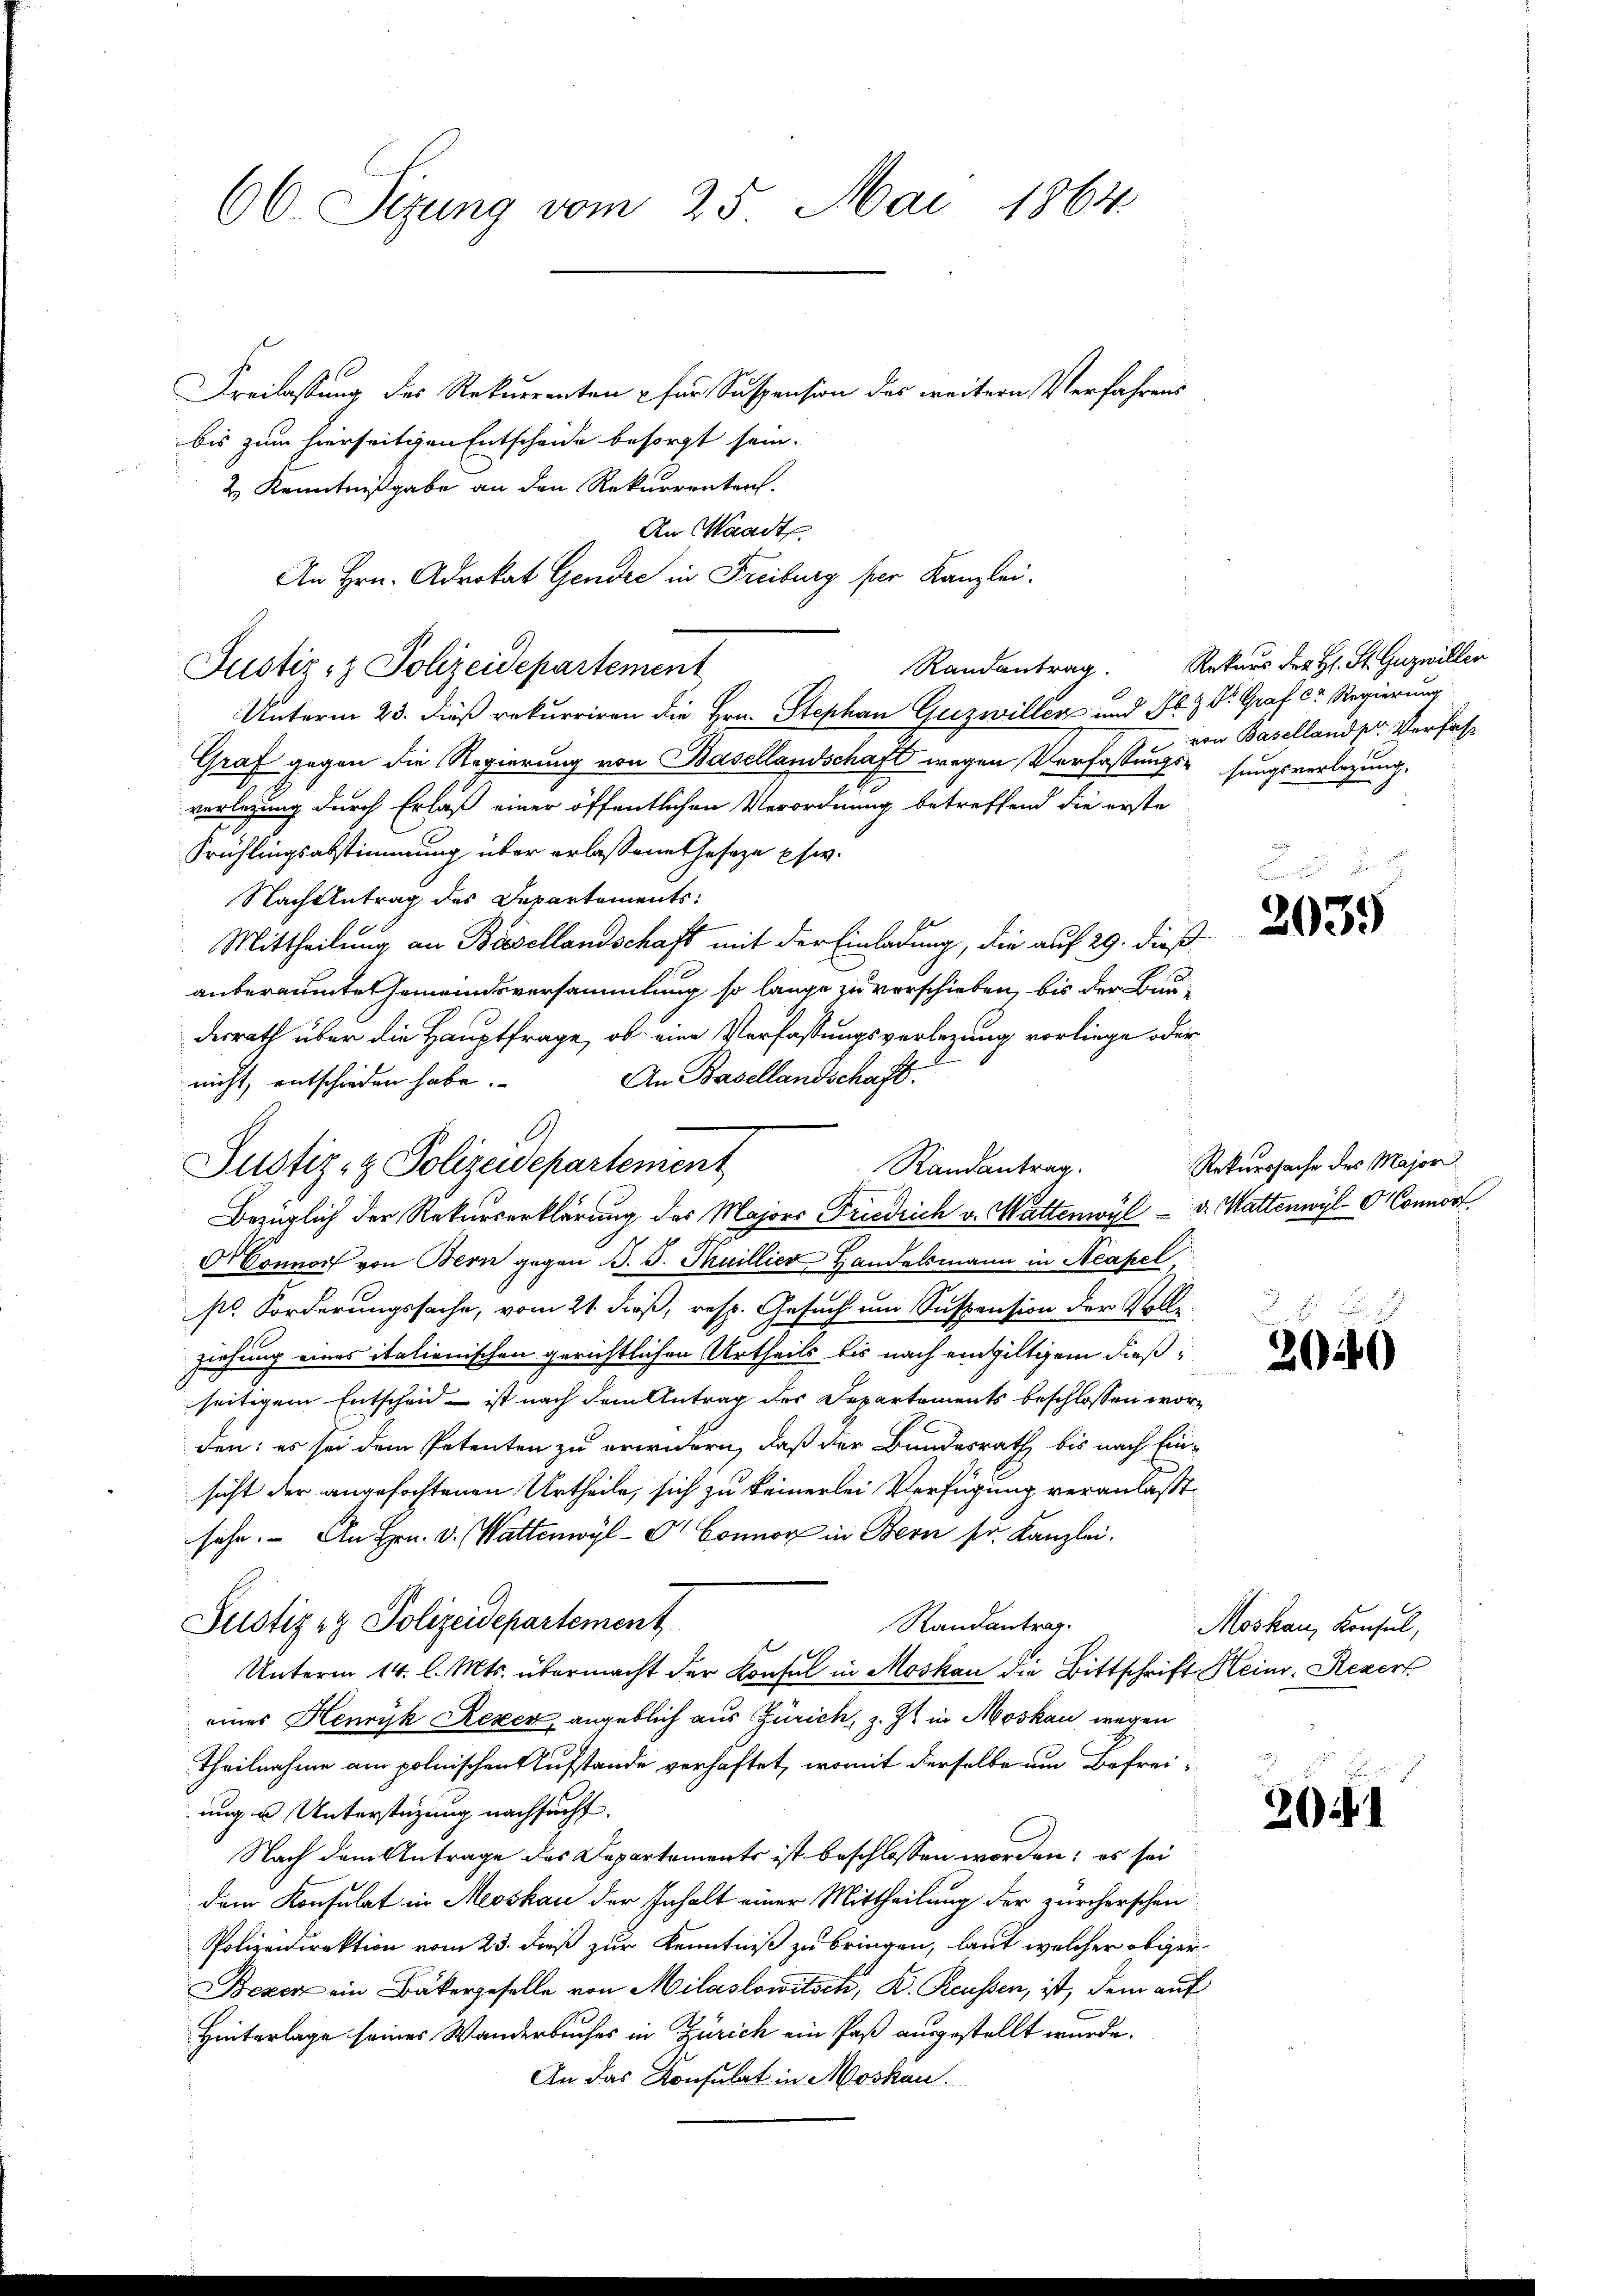
66. Sizung vom 25. Mai 1864

Freilassung des Rekurrenten & für Suspension des weitern Verfahrens
bis zum hierseitigen Entscheide besorgt sein.
2 Kenntnißgabe an den Rekurrenten.
An Waadt
An Hrn. Advokat Gender in Freiburg per Kanzlei.
Unterm 23. dieß rekurriren die Hrn. Stephan Guzwillen und Fl. H Dr. Graf C. Regierung
Graf gegen die Regierung von Basellandschaft wegen Verfassungs-sungsverlegung.
verlegung durch Erlaß einer öffentlichen Verordnung betreffend die erste
Frühlingsabstimmung über erlassene Geseze usw.
Nach Antrag des Departements:
Mittheilung an Basellandschaft mit der Einladung, die auf 29. dieß
anberaumte Gemeindsversammlung so lange zu verschieben, bis der Bau-
desrath über die Hauptfrage, ob eine Verfassungsverlegung vorliege oder
An Basellandschaft.
nicht, entschieden habe.
Bezüglich der Rekurserklärung des Majors Friedrich v. Wattenwyl u. Wattenwyl Wonnert,
Connorf von Bern gegen B. S. Tuillier Handelsmann in Neapel
so Forderungssache, vom 21. dieß, resp. Gesuch um Suspension der Vollziehung eines italienischen gerichtlichen Urtheils bis nach eingültigem dießseitigem Entscheid ist nach dem Antrag des Departements beschlossen worden; es sei dem Petenten zu erwidern, daß der Bundesrath, bis nach Einsicht der angefochtenen Urtheile, sich zu keinerlei Verfügung veranlaßt
sehe. An Hrn. v. Wattenwyl-O. Connor in Bern sr. Kanzlei.
Justiz & Polizeidepartement
Randantrag.
Unterm 14. l. Mts. übermacht der Konsul in Moskau die Bittschrift Heinr. Rezer
eines Henryk Rezen, angeblich aus Zürich, z. Zt. in Moskau wegen
Theilnahme am polnischen Aufstande verhaftet, womit derselbe um Befreiung u Unterstüzung nachsucht.
Nach dem Antrage des Departements ist beschlossen worden; es sei
dem Konsulat in Moskau der Inhalt einer Mittheilung der zürcherschen
Polizeidirektion vom 23. dieß zur Kenntniß zu bringen, laut welcher obger
Bezer ein Bäkergeselle von Milaslowitsch, K. Reussen, ist, dem auf
Hinterlage seines Wanderbuches in Zürich ein Paß ausgestellt wurde.
An das Konsulat in Moskau

Justiz- & Polizeidepartement

Justiz- & Polizeidepartement
Randantrag.

Randantrag. Rekurs der H. St. Guzwiller
von Baselland pr. Verfas

2035

Rekurssache des Major

204)

Moskau, Konsul,

20